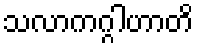
သလာကဂ္ဂါဟာတိ